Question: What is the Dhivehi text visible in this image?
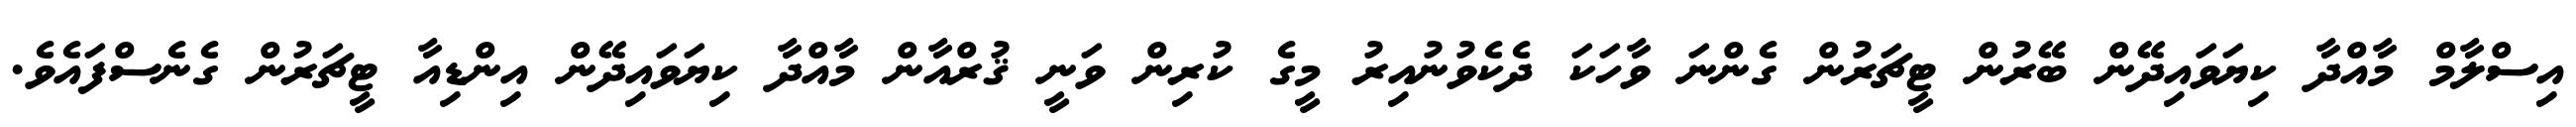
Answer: އިސްލާމް މާއްދާ ކިޔަވައިދޭން ބޭރުން ޓީޗަރުން ގެންނަ ވާހަކަ ދެކެވުނުއިރު މީގެ ކުރިން ވަނީ ޤުރްއާން މާއްދާ ކިޔަވައިދޭން އިންޑިއާ ޓީޗަރުން ގެނެސްފައެވެ.